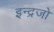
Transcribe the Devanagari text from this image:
इन्द्रजो